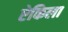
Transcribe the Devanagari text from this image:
ऐकिला